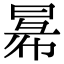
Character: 𢑢